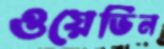
ওয়েভিন